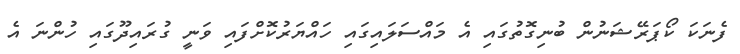
ފެނަކަ ކޯޕަރޭޝަނުން ބުނިގޮތުގައި އެ މައްސަލައިގައި ހައްޔަރުކޮށްފައި ވަނީ ގުރައިދޫގައި ހުންނަ އެ